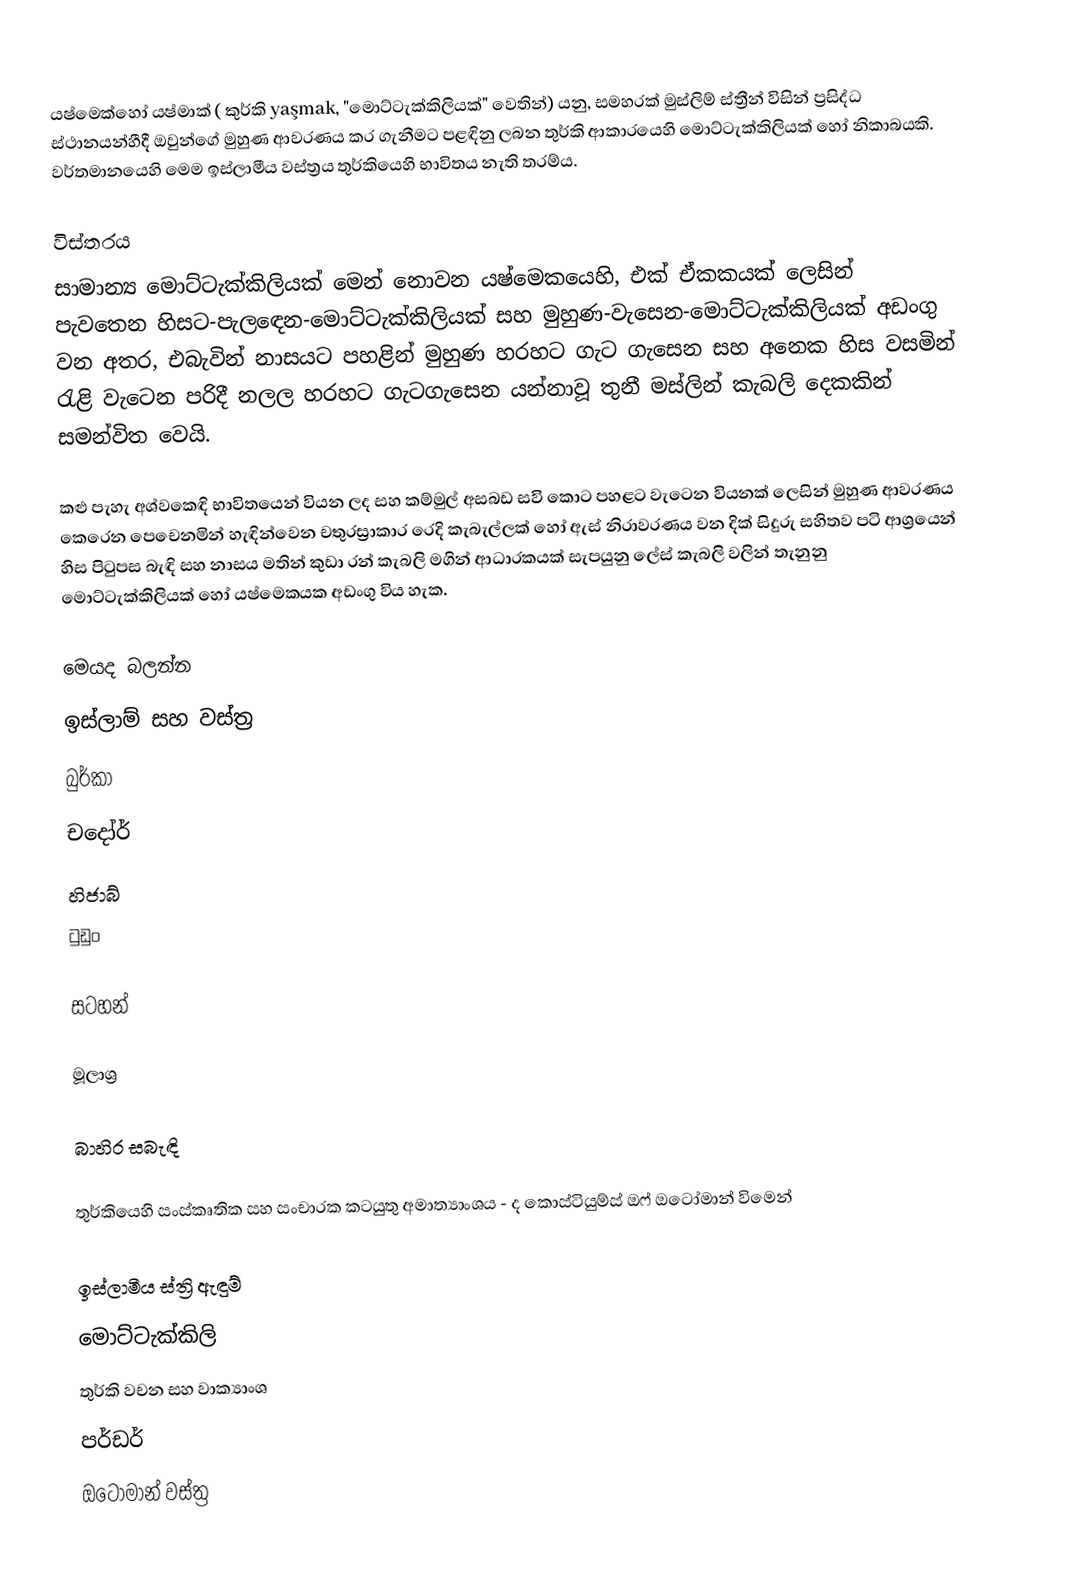
යෂ්මෙක්හෝ යෂ්මාක් ( කුර්කි yaşmak, "මොට්ටැක්කිලියක්" වෙතින්) යනු,  සමහරක් මුස්ලිම් ස්ත්‍රීන් විසින්  ප්‍රසිද්ධ ස්ථානයන්හීදී ඔවුන්ගේ මුහුණ ආවරණය කර ගැනීමට පළඳිනු ලබන තුර්කි ආකාරයෙහි  මොට්ටැක්කිලියක් හෝ නිකාබයකි. වර්තමානයෙහි මෙම ඉස්ලාමීය වස්ත්‍රය   තුර්කියෙහි භාවිතය නැති තරම්ය.

විස්තරය
සාමාන්‍ය මොට්ටැක්කිලියක් මෙන් නොවන යෂ්මෙකයෙහි, එක් ඒකකයක් ලෙසින් පැවතෙන හිසට-පැලඳෙන-මොට්ටැක්කිලියක් සහ මුහුණ-වැසෙන-මොට්ටැක්කිලියක් අඩංගු වන අතර, එබැවින් නාසයට පහළින් මුහුණ හරහට ගැට ගැසෙන සහ අනෙක හිස වසමින් රැළි වැටෙන පරිදී  නලල හරහට ගැටගැසෙන  යන්නාවූ තුනී  මස්ලින් කැබලි දෙකකින් සමන්විත වෙයි.

කළු පැහැ අශ්වකෙඳි භාවිතයෙන් වියන ලද සහ කම්මුල් අසබඩ සවි කොට පහළට වැටෙන  වියනක් ලෙසින් මුහුණ ආවරණය කෙරෙන පෙචෙනමින් හැඳින්වෙන චතුරස්‍රාකාර රෙදි කැබැල්ලක් හෝ ඇස් නිරාවරණය වන දික් සිදුරු සහිතව පටි ආශ්‍රයෙන් හිස පිටුපස බැඳි සහ නාසය මතින් කුඩා රන් කැබලි මගින් ආධාරකයක් සැපයුනු ලේස් කැබලි වලින් තැනුනු මොට්ටැක්කිලියක් හෝ යෂ්මෙකයක අඩංගු විය හැක.

මෙයද බලන්න
ඉස්ලාම් සහ වස්ත්‍ර
බුර්කා
චදෝර්
හිජාබ්
ටුඩුං

සටහන්

මූලාශ්‍ර

බාහිර සබැඳි

 තුර්කියෙහි සංස්කෘතික සහ සංචාරක කටයුතු අමාත්‍යාංශය - ද කොස්ටියුම්ස් ඔෆ් ඔටෝමාන් විමෙන්

ඉස්ලාමීය ස්ත්‍රි ඇඳුම්
මොට්ටැක්කිලි
තුර්කි වචන සහ වාක්‍යාංශ
පර්ඩර්
ඔටෝමාන් වස්ත්‍ර